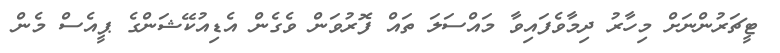
ޓީޗަރުންނަށް މިހާރު ދިމާވެފައިވާ މައްސަލަ ތައް ފޮރުވަން ވެގެން އެޑިއުކޭޝަންގެ ޕީއެސް މެން